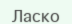
Ласко